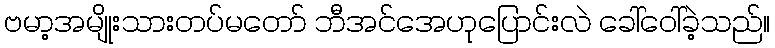
ဗမာ့အမျိုးသားတပ်မတော် ဘီအင်အေဟုပြောင်းလဲ ခေါ်ဝေါ်ခဲ့သည်။